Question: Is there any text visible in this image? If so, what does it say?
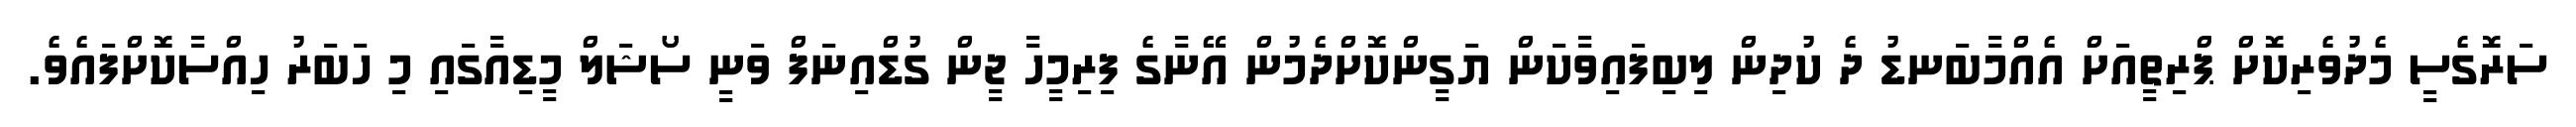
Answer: ސަރޮގެސީ މެދުވެރިކޮށް ޕްރިތީއަށް އެއްމާބަނޑު ދެ ކުދިން ލިބިފައިވާކަން ޔަގީންކޮށްދެމުން އޭނާގެ ފިރިމީހާ ޖީން ގުޑްއިނަފް ވަނީ ސޯޝަލް މީޑިއާގައި މި ހަބަރު ހިއްސާކޮށްފައެވެ.